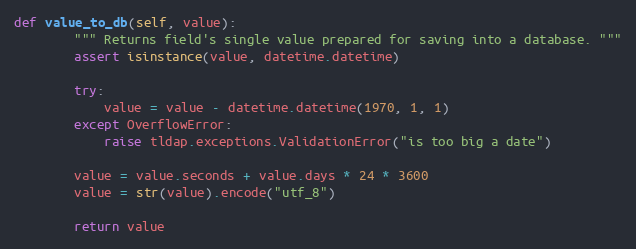
Language: Python
def value_to_db(self, value):
        """ Returns field's single value prepared for saving into a database. """
        assert isinstance(value, datetime.datetime)

        try:
            value = value - datetime.datetime(1970, 1, 1)
        except OverflowError:
            raise tldap.exceptions.ValidationError("is too big a date")

        value = value.seconds + value.days * 24 * 3600
        value = str(value).encode("utf_8")

        return value